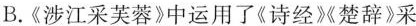
B.《涉江采芙蓉》中运用了《诗经》楚辞》采